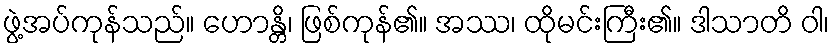
ဖွဲ့အပ်ကုန်သည်။ ဟောန္တိ၊ ဖြစ်ကုန်၏။ အဿ၊ ထိုမင်းကြီး၏။ ဒါသာတိ ဝါ၊